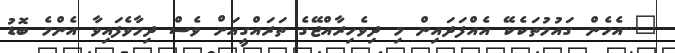
"..އެހެން ގައުމުތަކެކޭ އެއްފަދައިން މި ދިވެހިރާއްޖޭގެ ތަރައްގީއަށް ވެސް ދިމާވެފައިވާ އެންމެ ބޮޑު